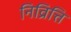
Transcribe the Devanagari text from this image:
निव्रित्ति